Scientific memoirs by medical officers of the Army of India - Part II,
Year: 1886
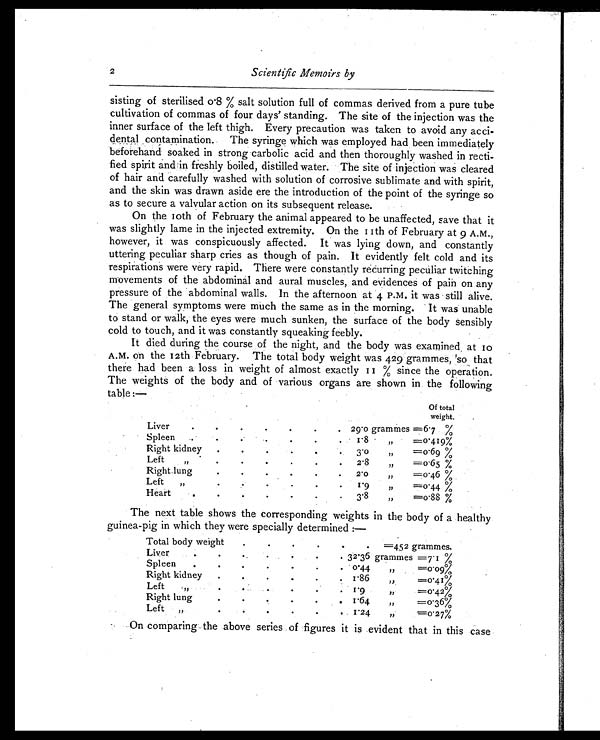
2
Scientific Memoirs by
sisting of sterilised 0.8 % salt solution full of commas derived from a pure tube
cultivation of commas of four days' standing. The site of the injection was the
inner surface of the left thigh. Every precaution was taken to avoid any acci
-dental contamination. The syringe which was employed had been immediately
beforehand soaked in strong carbolic acid and then thoroughly washed in recti
-fied spirit and in freshly boiled, distilled water. The site of injection was cleared
of hair and carefully washed with solution of corrosive sublimate and with spirit,
and the skin was drawn aside ere the introduction of the point of the syringe so
as to secure a valvular action on its subsequent release.
On the 10th of February the animal appeared to be unaffected, save that it
was slightly lame in the injected extremity. On the 11th of February at 9 A.M.,
however, it was conspicuously affected. It was lying down, and constantly
uttering peculiar sharp cries as though of pain. It evidently felt cold and its
respirations were very rapid. There were constantly recurring peculiar twitching
movements of the abdominal and aural muscles, and evidences of pain on any
pressure of the abdominal walls. In the afternoon at 4 P.M. it was still alive.
The general symptoms were much the same as in the morning. It was unable
to stand or walk, the eyes were much sunken, the surface of the body sensibly
cold to touch, and it was constantly squeaking feebly.
It died during the course of the night, and the body was examined at 10
A.M. on the 12th February. The total body weight was 429 grammes, 'so that
there had been a loss in weight of almost exactly 11 % since the operation.
The weights of the body and of various organs are shown in the following
table :—
Of total
weight.
Liver
.
.
.
. .
.
. 29.0 grammes = 6 . 7 %
Spleen
.
.
.
.
.
.
.
1.8
„
=0.419%
Right kidney
.
. .
.
. .
3.0
, ,
=0.69 %
Left
,,
.
.
.
.
.
.
2.8
, ,
= 0 . 6 5 %
Right.lung
.
.
. .
.
.
2.0
, , = 0 . 4 6 %
Left
,,
. .
.
.
. .
1.9
,,
=0.44 %
Heart
.
.
.
.
. .
. 3.8
, ,
=0.88 %
The next table shows the corresponding weights in the body of a healthy
guinea-pig in which they were specially determined :—
Total body weight
.
.
.
.
.
.
=452 grammes.
Liver
.
. .
.
.
.
. 32.36 grammes =7.1 %
Spleen
.
.
.
.
. .
. 0.44
,,
=0.09%
Right kidney
.
.
.
.
.
. 1 86
, ,
=0.41%
Left
„
. .
.
.
.
. 1.9
,,
=0.42%
Right lung
.
.
.
.
.
. 1.64
, ,
=0.36%
Left
,,
. .
.
.
.
. 1.24
, ,
=0.27%
On comparing the above series of figures it is evident that in this case